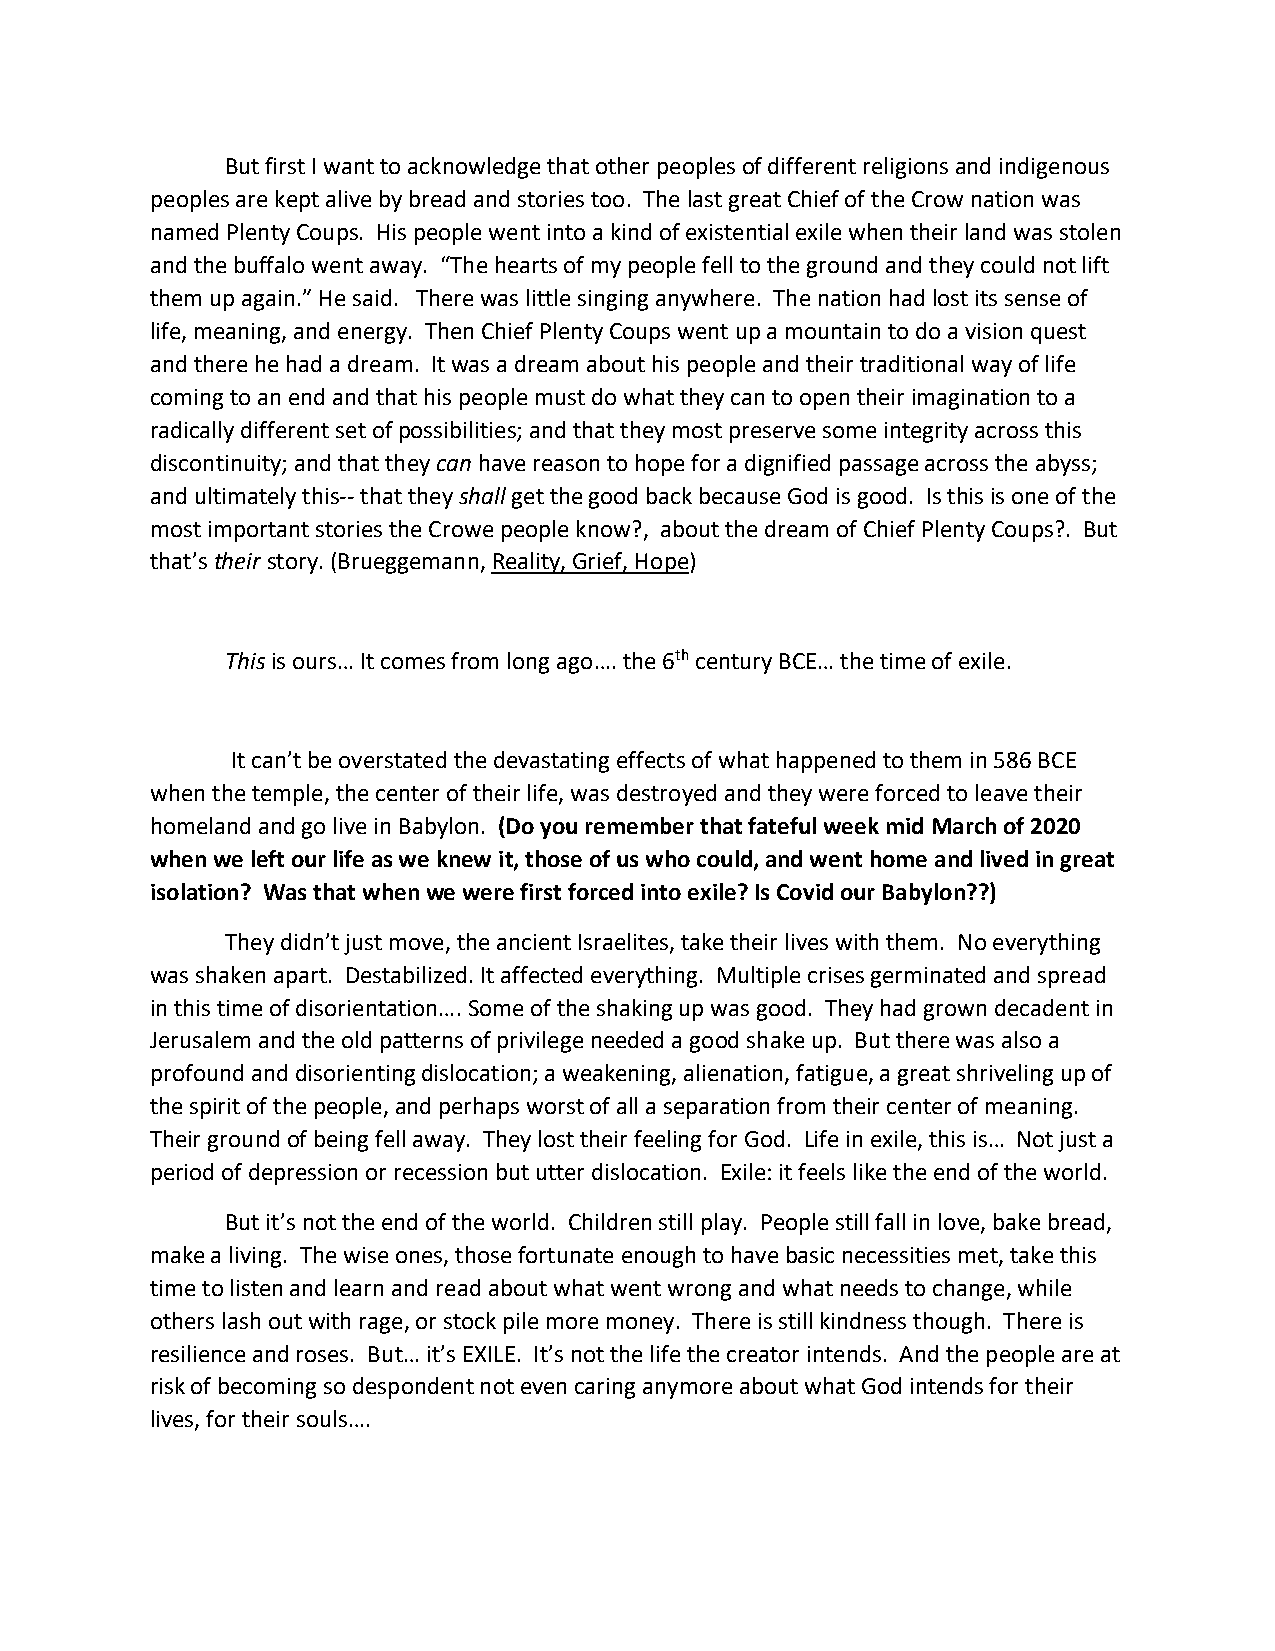
But first I want to acknowledge that other peoples of different religions and indigenous
 peoples are kept alive by bread and stories too. The last great Chief of the Crow nation was
 named Plenty Coups. His people went into a kind of existential exile when their land was stolen
 and the buffalo went away. “The hearts of my people fell to the ground and they could not lift
 them up again.” He said. There was little singing anywhere. The nation had lost its sense of
 life, meaning, and energy. Then Chief Plenty Coups went up a mountain to do a vision quest
 and there he had a dream. It was a dream about his people and their traditional way of life
 coming to an end and that his people must do what they can to open their imagination to a
 radically different set of possibilities; and that they most preserve some integrity across this
 discontinuity; and that they can have reason to hope for a dignified passage across the abyss;
 and ultimately this-- that they shall get the good back because God is good. Is this is one of the
 most important stories the Crowe people know?, about the dream of Chief Plenty Coups?. But
 that’s their story. (Brueggemann, Reality, Grief, Hope)
 This is ours… It comes from long ago…. the 6th century BCE… the time of exile.
 It can’t be overstated the devastating effects of what happened to them in 586 BCE
 when the temple, the center of their life, was destroyed and they were forced to leave their
 homeland and go live in Babylon. (Do you remember that fateful week mid March of 2020
 when we left our life as we knew it, those of us who could, and went home and lived in great
 isolation? Was that when we were first forced into exile? Is Covid our Babylon??)
 They didn’t just move, the ancient Israelites, take their lives with them. No everything
 was shaken apart. Destabilized. It affected everything. Multiple crises germinated and spread
 in this time of disorientation…. Some of the shaking up was good. They had grown decadent in
 Jerusalem and the old patterns of privilege needed a good shake up. But there was also a
 profound and disorienting dislocation; a weakening, alienation, fatigue, a great shriveling up of
 the spirit of the people, and perhaps worst of all a separation from their center of meaning.
 Their ground of being fell away. They lost their feeling for God. Life in exile, this is… Not just a
 period of depression or recession but utter dislocation. Exile: it feels like the end of the world.
 But it’s not the end of the world. Children still play. People still fall in love, bake bread,
 make a living. The wise ones, those fortunate enough to have basic necessities met, take this
 time to listen and learn and read about what went wrong and what needs to change, while
 others lash out with rage, or stock pile more money. There is still kindness though. There is
 resilience and roses. But… it’s EXILE. It’s not the life the creator intends. And the people are at
 risk of becoming so despondent not even caring anymore about what God intends for their
 lives, for their souls….